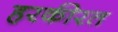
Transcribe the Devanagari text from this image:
हरकीरत